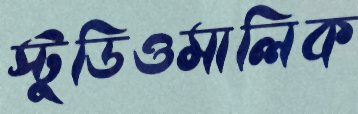
স্টুডিওমালিক